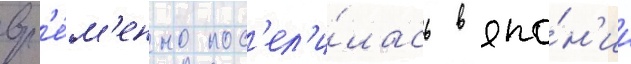
вр'е́м'енно пос'ел'и́лась в япо́н'ии